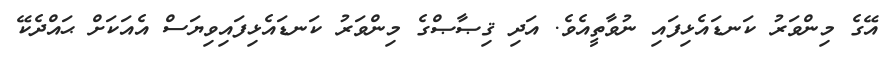
އޭގެ މިންވަރު ކަނޑައެޅިފައި ނުވާތީއެވެ. އަދި ޤިޞާޞްގެ މިންވަރު ކަނޑައެޅިފައިވިޔަސް އެއަކަށް ޙައްދެކޭ